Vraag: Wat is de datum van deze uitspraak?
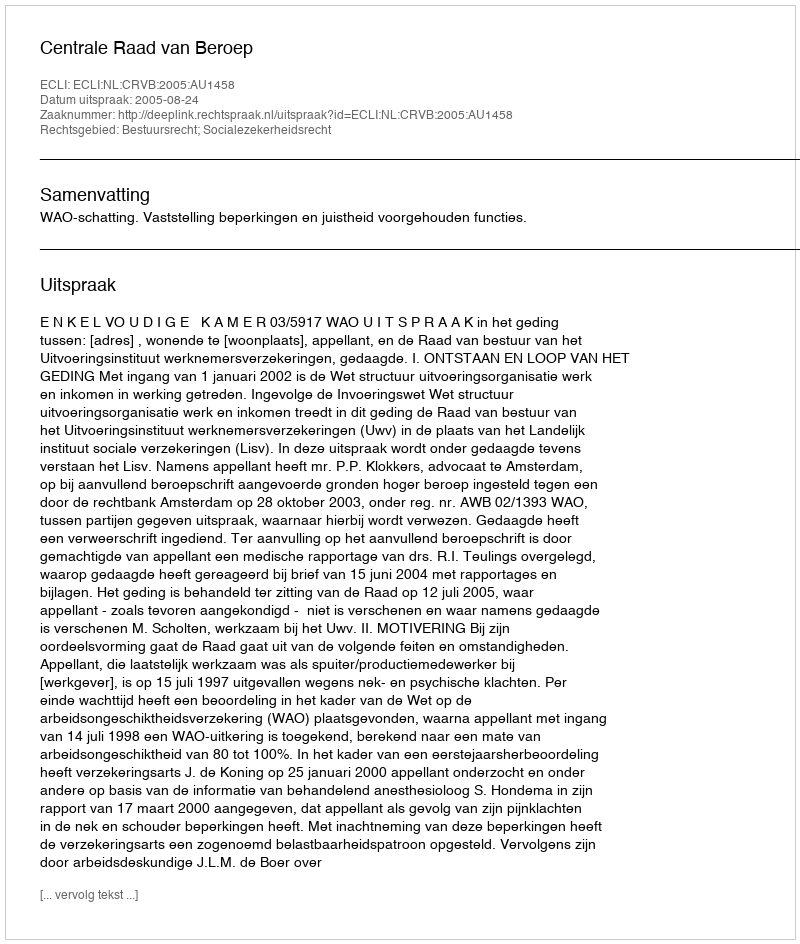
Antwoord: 2005-08-24